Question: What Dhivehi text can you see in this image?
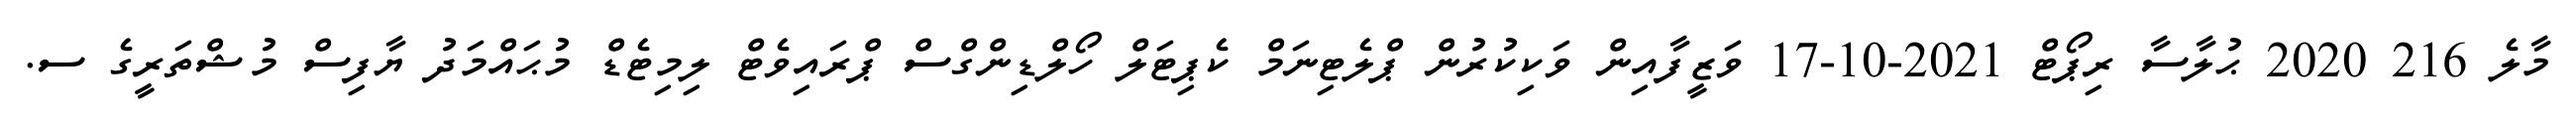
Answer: މާލެ 216 2020 ޙުލާސާ ރިޕޯޓް 2021-10-17 ވަޒީފާއިން ވަކިކުރުން ޕްލެޓިނަމް ކެޕިޓަލް ހޯލްޑިންގްސް ޕްރައިވެޓް ލިމިޓެޑް މުޙައްމަދު ޔާފިސް މުޝްތަރީގެ ސ.